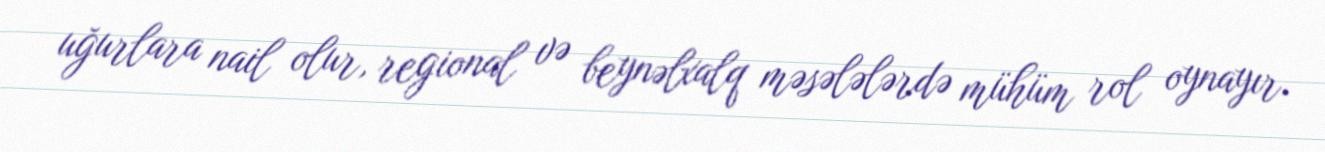
uğurlara nail olur, regional və beynəlxalq məsələlərdə mühüm rol oynayır.